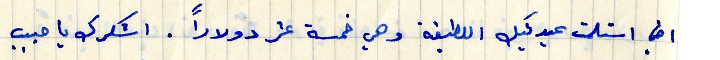
في استلمت عيدتيك اللطيفة وهي خمسة عشر دولاراً . اشكرك يا حبيب